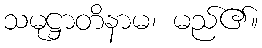
သမုဋ္ဌာတိနာမ၊ မည်၏။